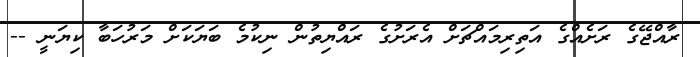
ރާއްޖޭގެ ރަށެއްގެ އަތިރިމައްޗަށް އެރަށުގެ ރައްޔިތުން ނިކުމެ ބަޔަކަށް މަރުހަބާ ކިޔަނީ --